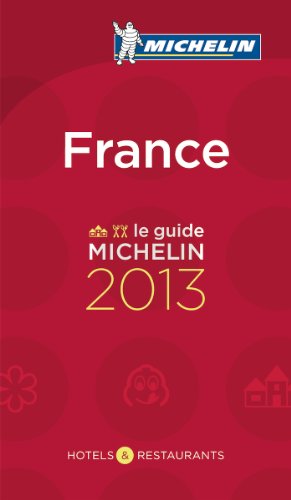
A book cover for Michelin Guide France 2013 (Michelin Guide/Michelin) French and (Introduction in English); Michelin; Travel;